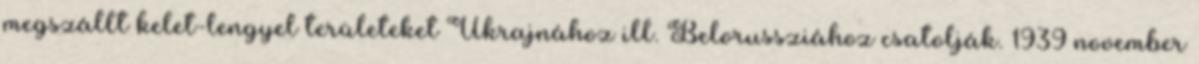
megszállt kelet-lengyel területeket Ukrajnához ill. Belorussziához csatolják. 1939 november